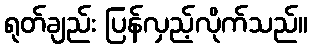
ရုတ်ချည်း ပြန်လှည့်လိုက်သည်။